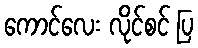
ကောင်လေး လိုင်စင် ပြ